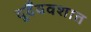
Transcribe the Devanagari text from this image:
दुर्दैववशात